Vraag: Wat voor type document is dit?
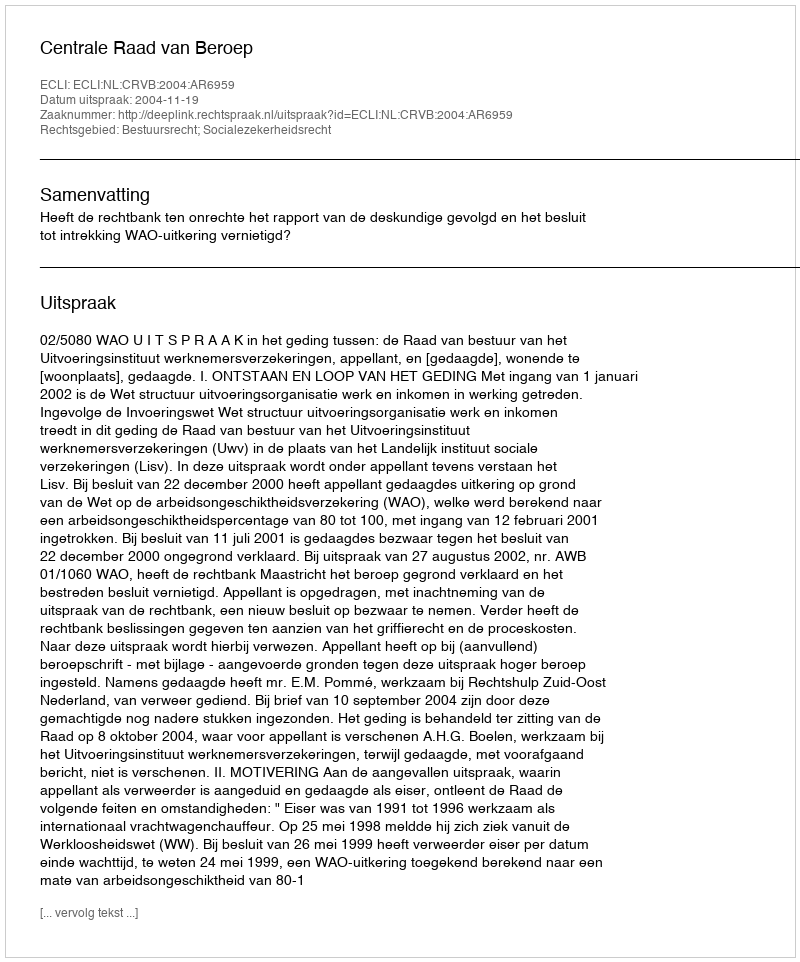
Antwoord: Uitspraak